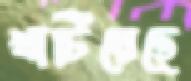
খাটিয়েছে